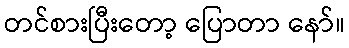
တင်စားပြီးတော့ ပြောတာ နော်။